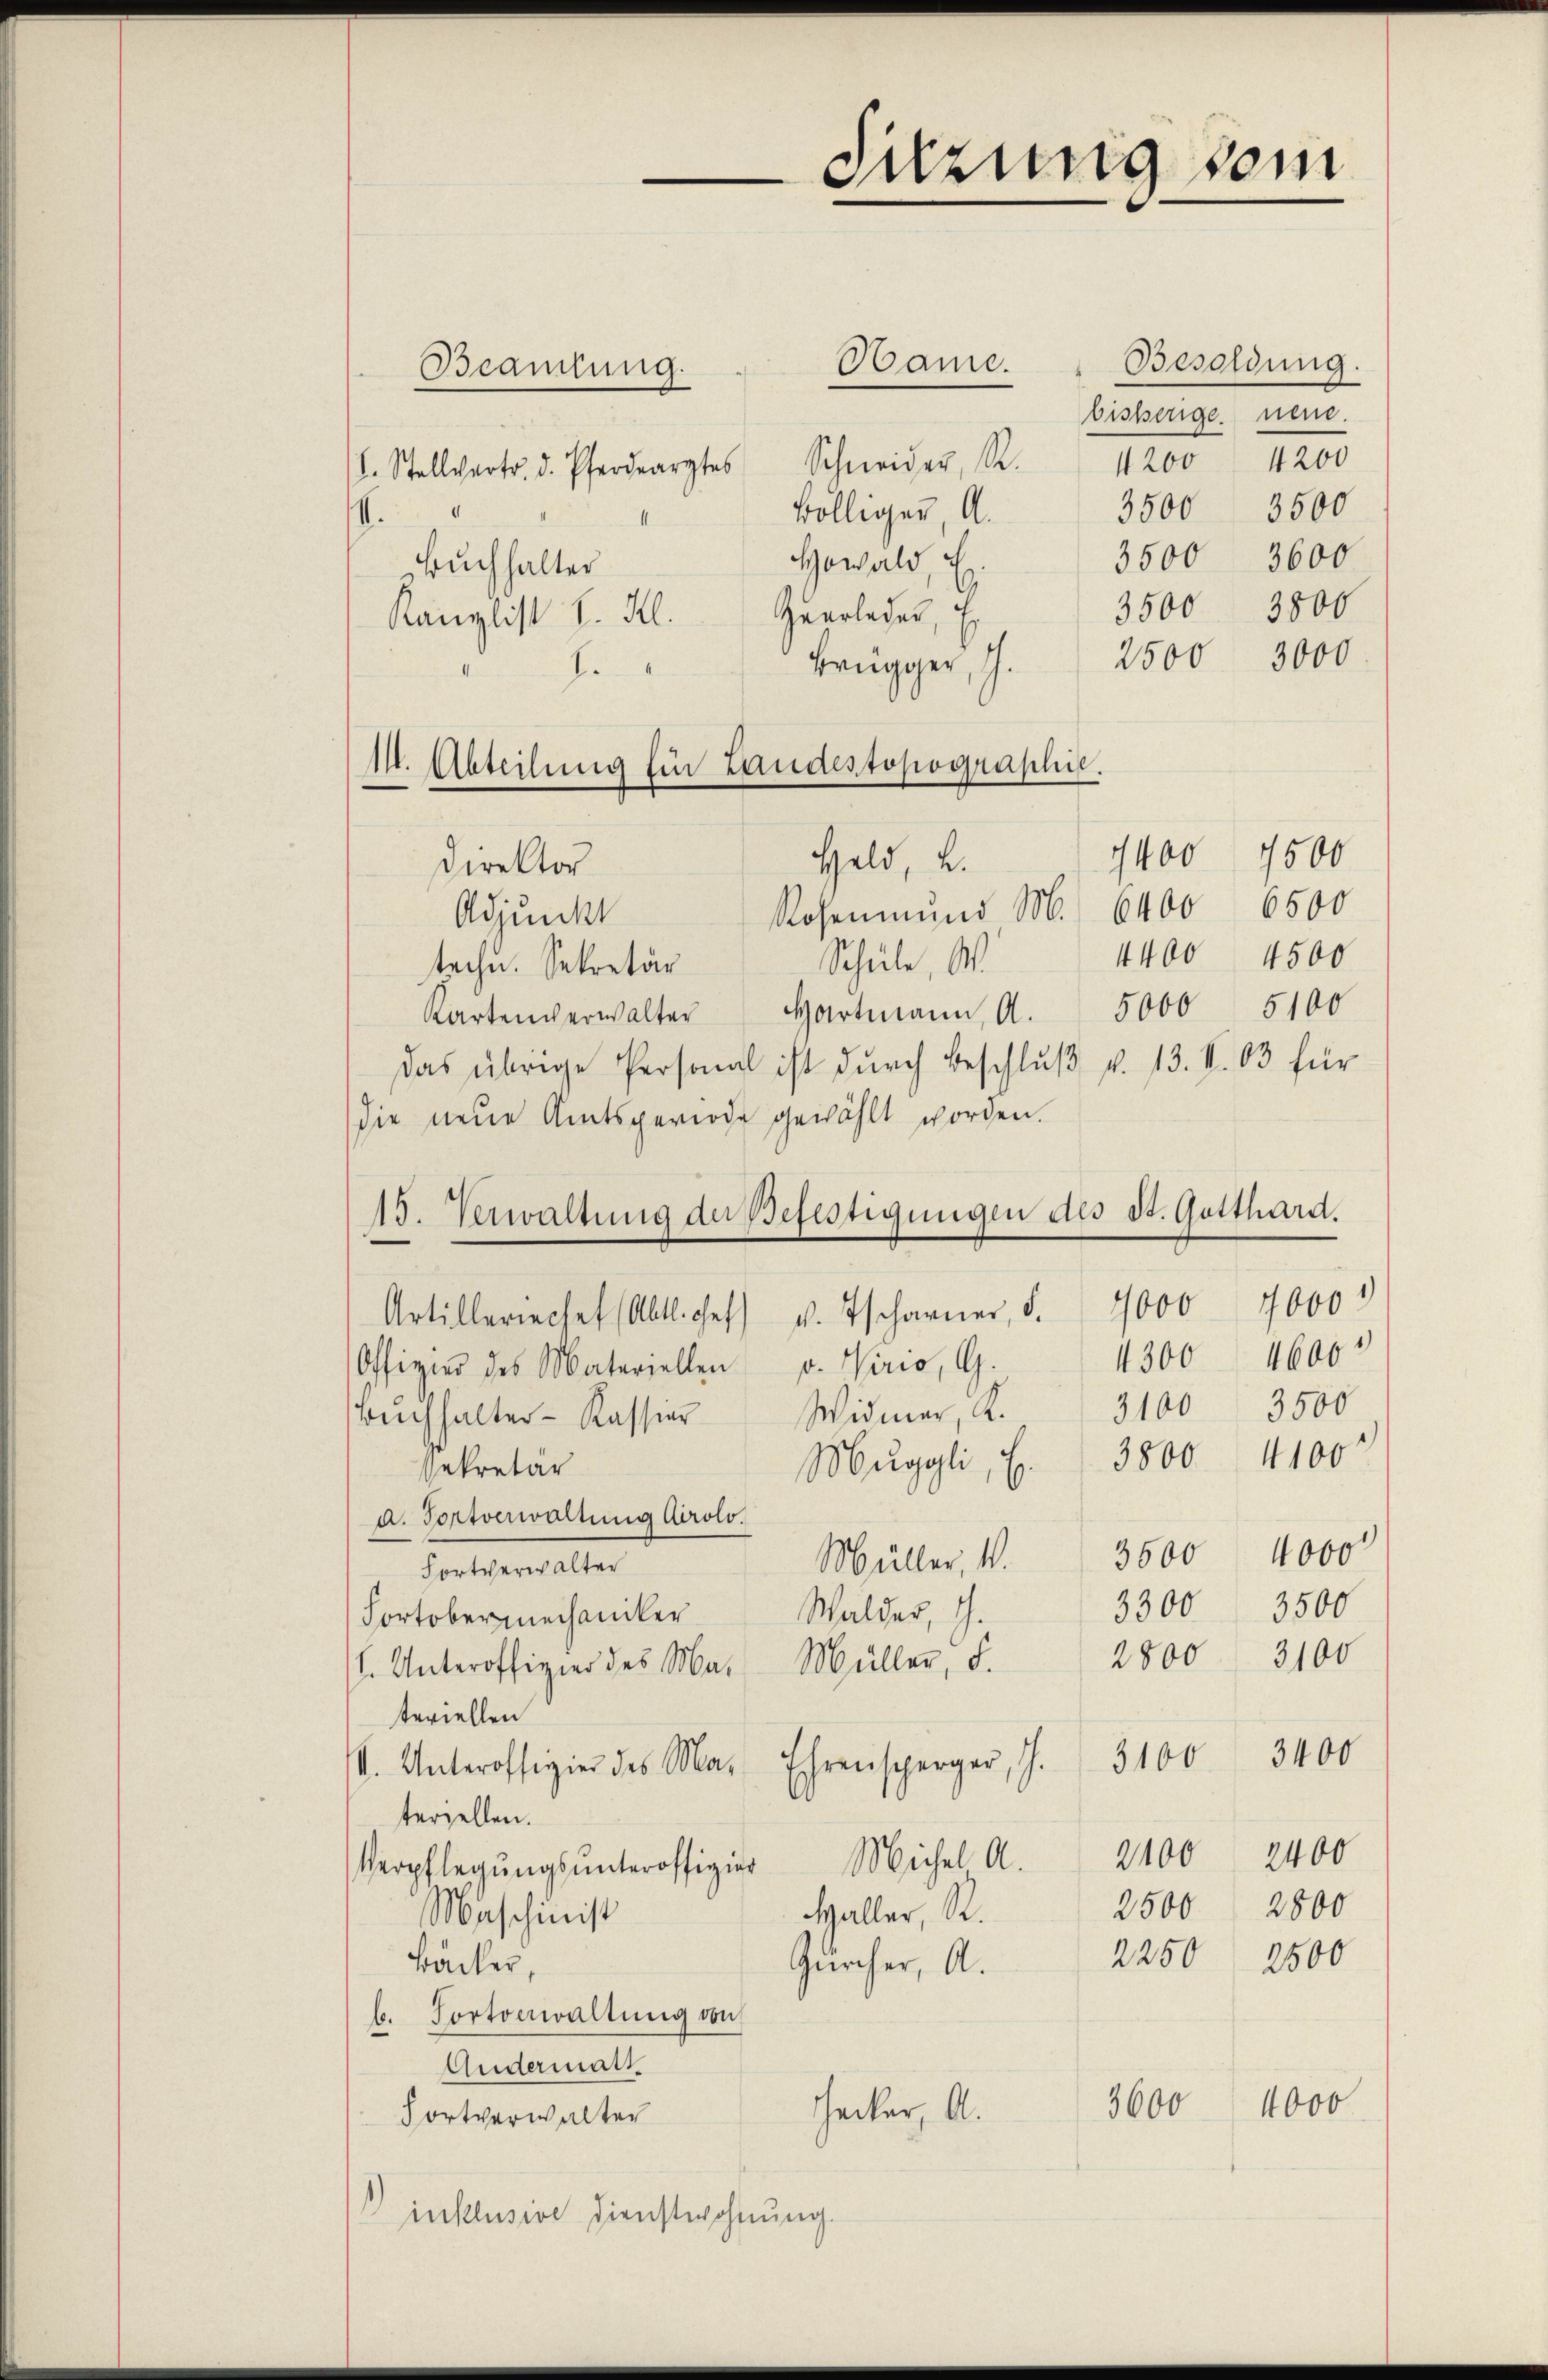
Besoldung.
Hame.
bisherige neue.
4200 4200
l. Stellvertr. d. Pferdearztes Schneider, Re
3500 3500
völliger A.
3600
3500
Gewald, E
Buchhalter
3800
3500
Kanzlist l. Frl. Heerleder, E
2500 3000
.
Brugger, J.
J
Direktor
Rosenmund M. 6400 6500
Adjunkt
4400 4500
Schule, W
teche. Sekretär
Kartenverwalter Hartmann, A. 5000 5100
Das übrige Personal ist durch Beschluß v. 13. V. 03 für
die neue Amtsperiode gewählt worden.
15. Verwaltung der Befestigungen des St. Gotthard.
Artilleriechet (Abtl. Ges. v. Tscharner, d. 1000 1000
1300 4600
Offizier des Materiellen v. Virio, G.
3500
3100
Widmer, K.
Buchhalter-Kassier
Muggli, S. 3800 4100
sekretär
a. Fortverwaltung Airolo.
Müller, 1. 3500 4000
Fortverwalter
3300
3500
Walder, J.
Fortober mechaniker
2800 3100
l. Unteroffizier des Ma. Müller, d.
teriellen
V. Unteroffigier des Ma- Ehrensperger, S. 3100. 3400
teriellen.
Verpflegŭngsŭnteroffizier Michel A. 2400 2400
2500 2800
Haller R.
Maschinist
2250 2500
Bäcker,
Zürcher, A.
b. Fortonwaltung von
Andermatt
4000
3600
Hecker, A.
Fortverwalter
 inklusive Dienstwohnung.

Beamtung.

11. Abteilung für Landestopographie.

Sitzung vom

Geld, u.

1400 7500